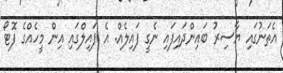
އެތަނުގައި ޔާސިރު ބައިންދައިފައި ނެގީ ފައިލެއް. އެ ފައިލްގައި އިން މީހެއްގެ ފޮޓޯ